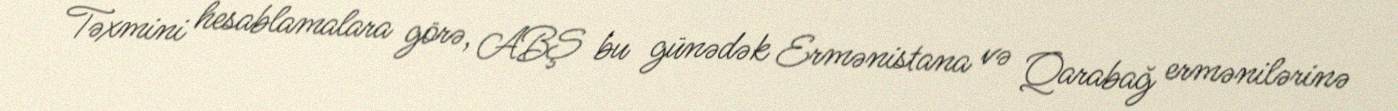
Təxmini hesablamalara görə, ABŞ bu günədək Ermənistana və Qarabağ ermənilərinə